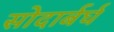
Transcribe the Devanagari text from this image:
सोदार्बर्घ